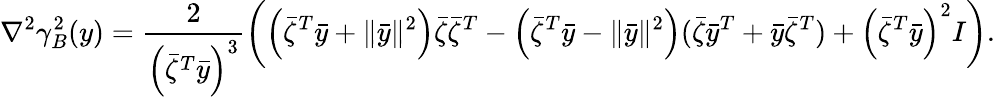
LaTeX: \nabla^{2}\gamma_{B}^{2}(y)=\frac{2}{\left(\bar{\zeta}^{T}\bar{y}\right)^{3}}\left(\left(\bar{\zeta}^{T}\bar{y}+\| \bar{y}\| ^{2}\right)\bar{\zeta}\bar{\zeta}^{T}-\left(\bar{\zeta}^{T}\bar{y}-\| \bar{y}\| ^{2}\right)(\bar{\zeta}\bar{y}^{T}+\bar{y}\bar{\zeta}^{T})+\left(\bar{\zeta}^{T}\bar{y}\right)^{2}I\right).